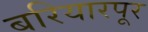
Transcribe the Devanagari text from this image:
बरियारपूर